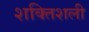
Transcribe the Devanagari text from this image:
शक्तिशली